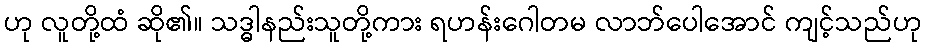
ဟု လူတို့ထံ ဆို၏။ သဒ္ဓါနည်းသူတို့ကား ရဟန်းဂေါတမ လာဘ်ပေါအောင် ကျင့်သည်ဟု